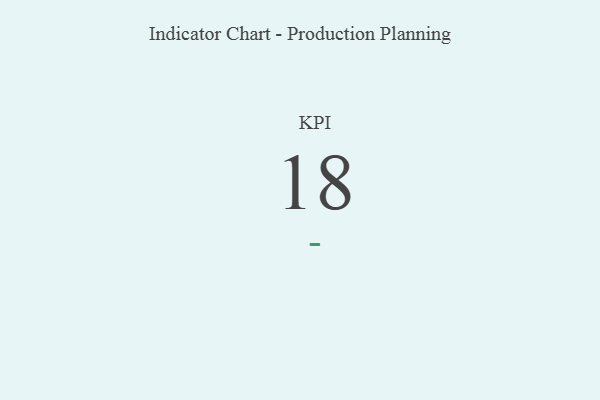
{"axis": {"x": "KPI", "y": "Value"}, "legend": [""], "data": [{"x": "KPI", "y": 18, "type": ""}]}